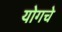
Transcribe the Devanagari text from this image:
योगचे